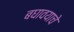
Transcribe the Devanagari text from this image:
बघावयाचे